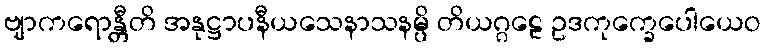
ဗျာကရောန္တီတိ အနုဋ္ဌာပနီယသေနာသနမ္ပိ တိယဂ္ဂဠေ ဥဒကုက္ခေပေါယေဝ